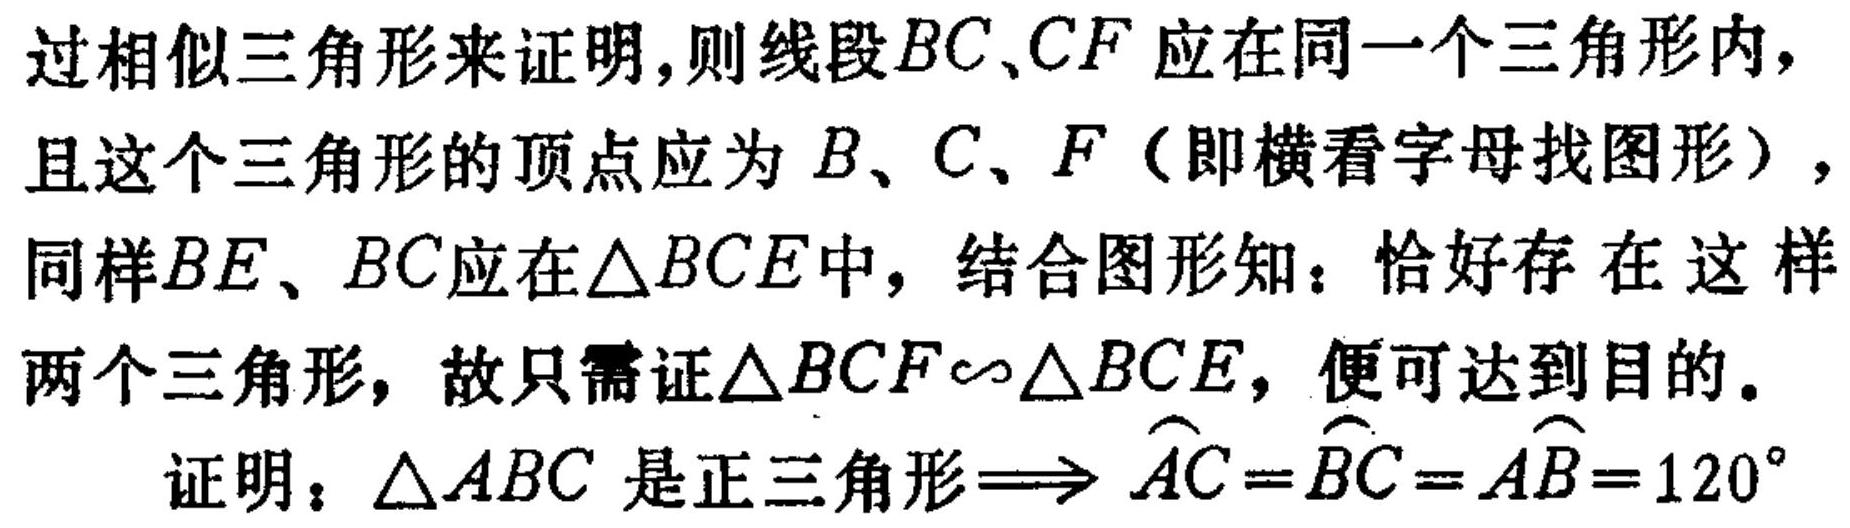
过相似三角形来证明，则线段\(BC、CF\)应在同一个三角形内，且这个三角形的顶点应为\(B、C、F\)（即横看字母找图形），同样\(BE、BC\)应在\(\triangle BCE\)中，结合图形知：恰好存在这样两个三角形，故只需证\(\triangle BCF\sim\triangle BCE\)，便可达到目的。
证明：\(\triangle ABC\)是正三角形\(\Longrightarrow \overset{\frown}{AC}=\overset{\frown}{BC}=\overset{\frown}{AB}=120^{\circ}\)